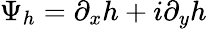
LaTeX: \Psi_{h}=\partial_{x}h+i\partial_{y}h